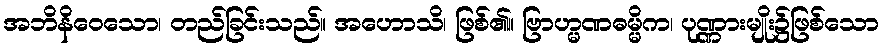
အဘိနိဝေသော၊ တည်ခြင်းသည်။ အဟောသိ၊ ဖြစ်၏။ ဗြာဟ္မဏဓမ္မိက၊ ပုဏ္ဏားမျိုး၌ဖြစ်သော